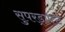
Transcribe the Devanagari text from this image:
सुपरड्राफ्ट